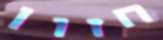
חזון